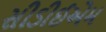
સીડીઈએમ